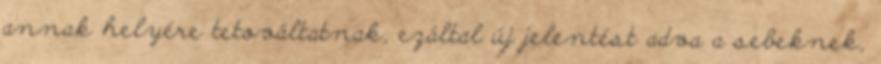
annak helyére tetováltatnak, ezáltal új jelentést adva a sebeknek,